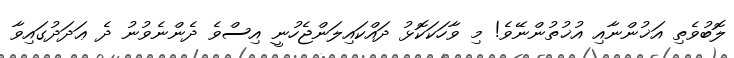
ލޮބުވެތި އަޚުންނާއި އުޚުތުންނޭވެ! މި ވާހަކަކޮޅު ދައްކައިލަންޖެހުނީ އިސްވެ ދެންނެވުނު ދެ ޢަދަދުގައިވާ